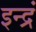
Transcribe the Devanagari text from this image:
इन्द्रं